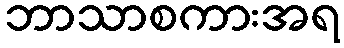
ဘာသာစကားအရ